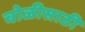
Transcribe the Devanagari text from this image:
चोळीसाठी